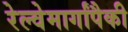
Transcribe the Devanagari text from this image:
रेल्वेमार्गांपैकी